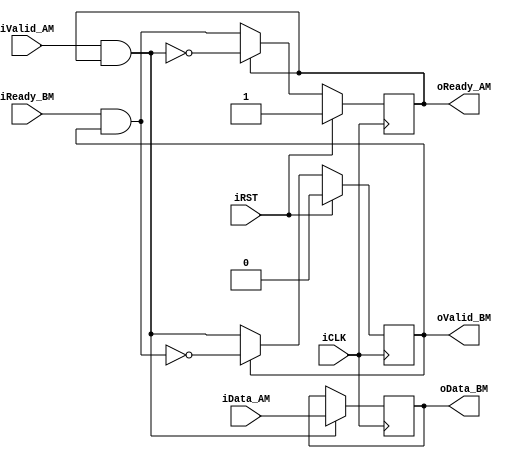
module Register #
( parameter WIDTH = 64
, parameter BURST = "no"
)
( input              iValid_AM
, output             oReady_AM
, input  [WIDTH-1:0] iData_AM
, output             oValid_BM
, input              iReady_BM
, output [WIDTH-1:0] oData_BM
, input              iRST
, input              iCLK
);

wire             wput;
wire             wget;
reg              rrdy;
reg              rvld;
reg  [WIDTH-1:0] rdata;

assign oReady_AM = rrdy;
assign oValid_BM = rvld;
assign oData_BM  = rdata;

//Put
assign wput = iValid_AM && rrdy;

//Get
assign wget = iReady_BM && rvld;

generate
    if (BURST == "yes") begin
        //Ready
        always @(posedge iCLK)
            if (iRST)
                rrdy <= 1'b1;
            else
                rrdy <= (rrdy)
                    ? !(wput && !wget && rvld)
                    : wget && !wput || !rvld;

        //Valid
        always @(posedge iCLK)
            if (iRST)
                rvld <= 1'b0;
            else
                rvld <= (rvld)
                    ? !(wget && !wput && rrdy)
                    : wput && !wget || !rrdy;

        //Data
        wire [WIDTH-1:0] wdata0;
        reg  [WIDTH-1:0] rdata0;

        assign wdata0 = (wput && rvld) ? iData_AM : rdata0;

        always @(posedge iCLK)
            rdata0 <= wdata0;

        always @(posedge iCLK)
            if (wput && !rvld)
                rdata <= iData_AM;
            else if (wget)
                rdata <= wdata0;
    end else begin
        //Ready
        always @(posedge iCLK)
            if (iRST)
                rrdy <= 1'b1;
            else
                rrdy <= (rrdy) ? !wput : wget;

        //Valid
        always @(posedge iCLK)
            if (iRST)
                rvld <= 1'b0;
            else
                rvld <= (rvld) ? !wget : wput;

        //Data
        always @(posedge iCLK)
            if (wput)
                rdata <= iData_AM;
    end
endgenerate

endmodule